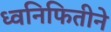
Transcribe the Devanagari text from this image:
ध्वनिफितीने